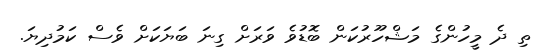
ތި ދެ މީހުންގެ މަޝްހޫރުކަން ބޮޑުވެ ވަރަށް ގިނަ ބަޔަކަށް ވެސް ކަމުދިޔަ.